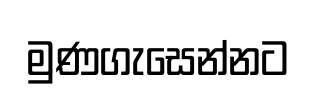
මුණගැසෙන්නට